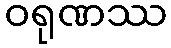
ဝရုဏဿ